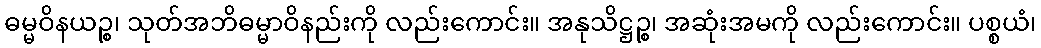
ဓမ္မဝိနယဉ္စ၊ သုတ်အဘိဓမ္မာဝိနည်းကို လည်းကောင်း။ အနုသိဋ္ဌဉ္စ၊ အဆုံးအမကို လည်းကောင်း။ ပစ္စယံ၊